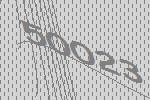
50023